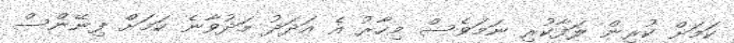
ކަމަށް ކުރިން ލަފާކުރި ނަމަވެސް މިހާރު އެ އަދަދު މަދުވާނެ ކަމަށް ފިނޭންސް